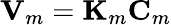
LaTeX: \textrm{\textbf{V}}_{m}=\textrm{\textbf{K}}_{m}\textrm{\textbf{C}}_{m}